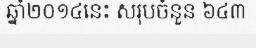
ឆ្នាំ២០១៤នេះ សរុបចំនួន ៦៤៣